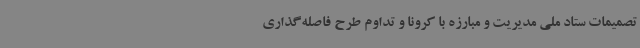
تصمیمات ستاد ملی مدیریت و مبارزه با کرونا و تداوم طرح فاصله‌گذاری